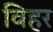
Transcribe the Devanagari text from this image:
विहर